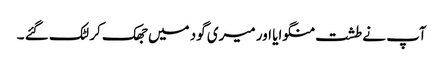
آپ نے طشت منگوایا اور میری گود میں جھک کر لٹک گئے ۔